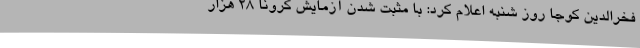
فخرالدین کوجا روز شنبه اعلام کرد: با مثبت شدن آزمایش کرونا ۲۸ هزار